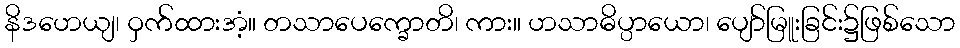
နိဒဟေယျ၊ ဝှက်ထားအံ့။ တသာပေက္ခောတိ၊ ကား။ ဟသာဓိပ္ပာယော၊ ပျော်မြူးခြင်း၌ဖြစ်သော